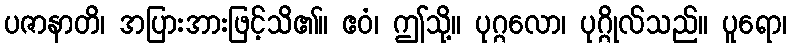
ပဇာနာတိ၊ အပြားအားဖြင့်သိ၏။ ဧဝံ၊ ဤသို့။ ပုဂ္ဂလော၊ ပုဂ္ဂိုလ်သည်။ ပူရော၊